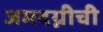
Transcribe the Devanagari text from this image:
जमदग्नीची